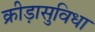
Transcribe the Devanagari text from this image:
क्रीड़ासुविधा